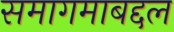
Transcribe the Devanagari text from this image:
समागमाबद्दल